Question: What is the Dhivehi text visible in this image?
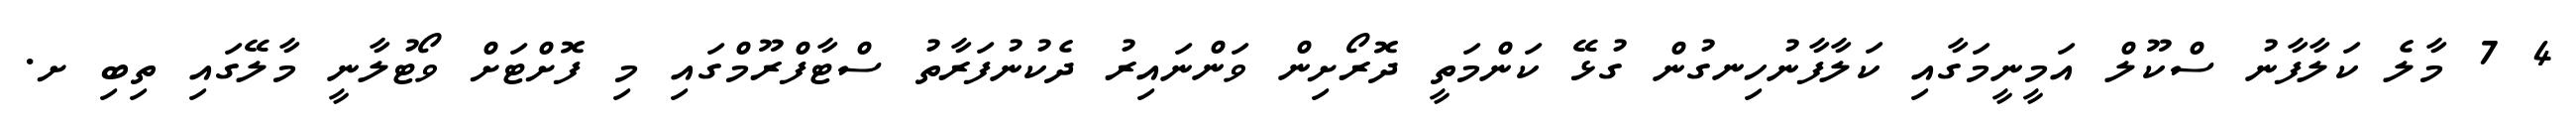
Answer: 4 7 މާލެ ކަލާފާނު ސްކޫލް އަމީނީމަގާއި ކަލާފާނުހިނގުން ގުޅޭ ކަންމަތީ ދޮރޯށިން ވަންނައިރު ދެކުނުފަރާތު ސްޓާފްރޫމްގައި މި ފޮށްޓަށް ވޯޓުލާނީ މާލޭގައި ތިބި ށ.